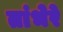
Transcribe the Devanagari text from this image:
तांभेरे